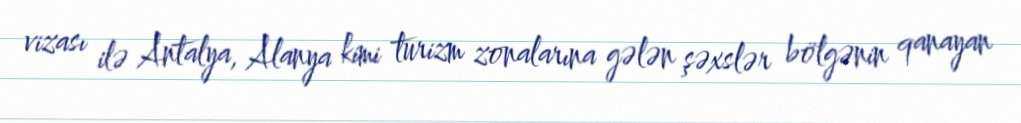
vizası ilə Antalya, Alanya kimi turizm zonalarına gələn şəxslər bölgənin qanayan